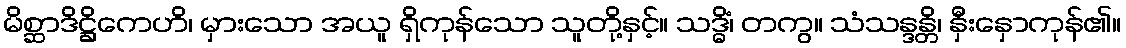
မိစ္ဆာဒိဋ္ဌိကေဟိ၊ မှားသော အယူ ရှိကုန်သော သူတို့နှင့်။ သဒ္ဓိံ၊ တကွ။ သံသန္ဒန္တိ၊ နှီးနှောကုန်၏။